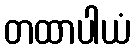
တထာပါယံ